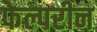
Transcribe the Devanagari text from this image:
फेल्परीन